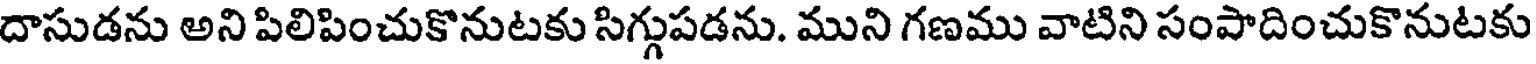
దాసుడను అని పిలిపించుకొనుటకు సిగ్గుపడను. ముని గణము వాటిని సంపాదించుకొనుటకు